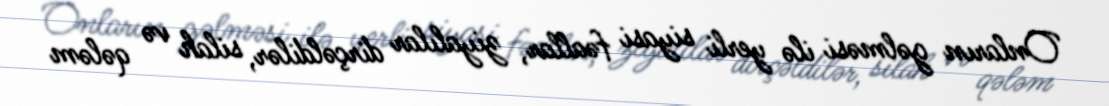
Onların gəlməsi ilə yerli siyasi fəallar, ziyalılar dirçəldilər, silah və qələm